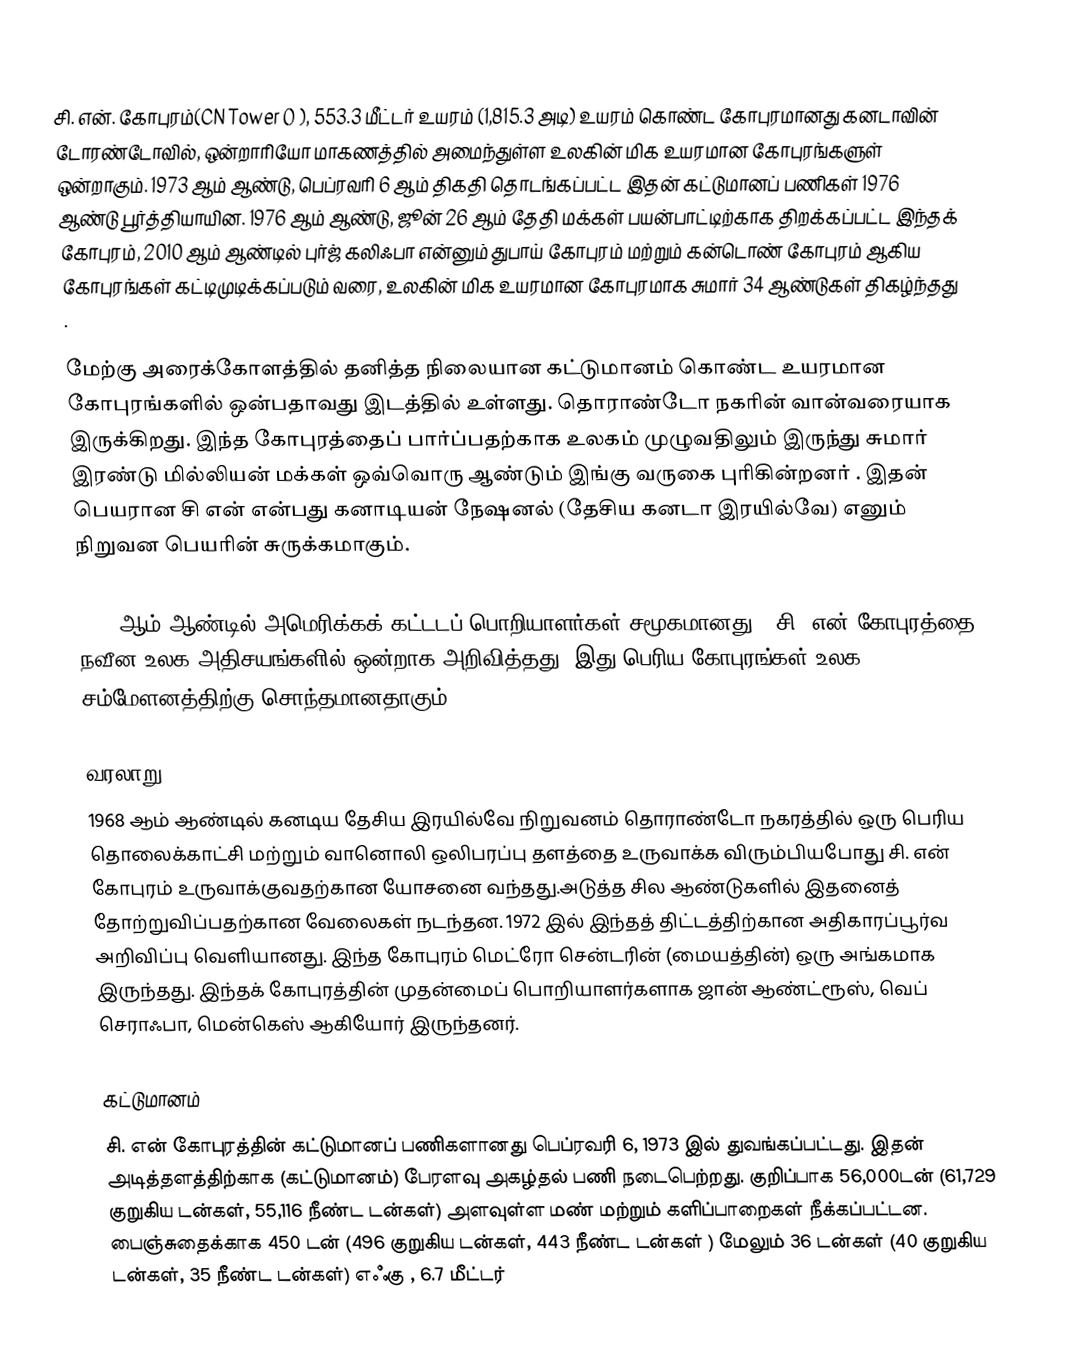
சி. என். கோபுரம்(CN Tower () ), 553.3 மீட்டர் உயரம் (1,815.3 அடி) உயரம் கொண்ட கோபுரமானது  கனடாவின் டோரண்டோவில், ஒன்றாரியோ மாகணத்தில்  அமைந்துள்ள உலகின் மிக உயரமான கோபுரங்களுள் ஒன்றாகும். 1973 ஆம் ஆண்டு, பெப்ரவரி 6 ஆம் திகதி தொடங்கப்பட்ட இதன் கட்டுமானப் பணிகள் 1976 ஆண்டு பூர்த்தியாயின. 1976 ஆம் ஆண்டு, ஜூன் 26 ஆம் தேதி மக்கள் பயன்பாட்டிற்காக திறக்கப்பட்ட இந்தக் கோபுரம், 2010 ஆம் ஆண்டில் புர்ஜ் கலிஃபா என்னும் துபாய் கோபுரம்  மற்றும் கன்டொண் கோபுரம் ஆகிய கோபுரங்கள் கட்டிமுடிக்கப்படும் வரை, உலகின் மிக உயரமான கோபுரமாக சுமார் 34 ஆண்டுகள் திகழ்ந்தது .

மேற்கு அரைக்கோளத்தில் தனித்த நிலையான கட்டுமானம் கொண்ட உயரமான கோபுரங்களில் ஒன்பதாவது இடத்தில் உள்ளது. தொராண்டோ நகரின் வான்வரையாக இருக்கிறது.  இந்த கோபுரத்தைப் பார்ப்பதற்காக உலகம் முழுவதிலும் இருந்து சுமார் இரண்டு மில்லியன் மக்கள் ஒவ்வொரு ஆண்டும் இங்கு வருகை புரிகின்றனர் . இதன் பெயரான சி என் என்பது கனாடியன் நேஷனல் (தேசிய கனடா இரயில்வே) எனும் நிறுவன பெயரின் சுருக்கமாகும்.

1995 ஆம் ஆண்டில் அமெரிக்கக் கட்டடப் பொறியாளர்கள் சமூகமானது , சி. என் கோபுரத்தை நவீன  உலக அதிசயங்களில் ஒன்றாக அறிவித்தது. இது பெரிய கோபுரங்கள் உலக சம்மேளனத்திற்கு சொந்தமானதாகும்.

வரலாறு
1968 ஆம் ஆண்டில் கனடிய தேசிய இரயில்வே நிறுவனம்  தொராண்டோ நகரத்தில் ஒரு பெரிய தொலைக்காட்சி மற்றும் வானொலி ஒலிபரப்பு தளத்தை உருவாக்க விரும்பியபோது சி. என் கோபுரம் உருவாக்குவதற்கான யோசனை வந்தது.அடுத்த சில ஆண்டுகளில் இதனைத் தோற்றுவிப்பதற்கான வேலைகள் நடந்தன. 1972 இல் இந்தத் திட்டத்திற்கான அதிகாரப்பூர்வ அறிவிப்பு வெளியானது. இந்த கோபுரம் மெட்ரோ சென்டரின் (மையத்தின்) ஒரு அங்கமாக இருந்தது. இந்தக் கோபுரத்தின் முதன்மைப் பொறியாளர்களாக ஜான் ஆண்ட்ரூஸ், வெப் செராஃபா, மென்கெஸ் ஆகியோர் இருந்தனர்.

கட்டுமானம்
சி. என் கோபுரத்தின் கட்டுமானப் பணிகளானது பெப்ரவரி 6, 1973 இல் துவங்கப்பட்டது. இதன் அடித்தளத்திற்காக (கட்டுமானம்) பேரளவு அகழ்தல் பணி நடைபெற்றது. குறிப்பாக 56,000டன் (61,729 குறுகிய டன்கள், 55,116 நீண்ட டன்கள்) அளவுள்ள மண் மற்றும் களிப்பாறைகள் நீக்கப்பட்டன. பைஞ்சுதைக்காக 450 டன் (496 குறுகிய டன்கள், 443 நீண்ட டன்கள் ) மேலும் 36 டன்கள் (40 குறுகிய டன்கள், 35 நீண்ட டன்கள்) எஃகு , 6.7 மீட்டர்